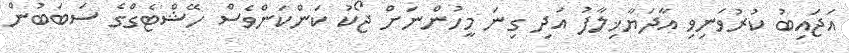
އަޖައިބު ކުރުވަނިވި އާދަޔާޚިލާފު އަދި ގިނަ މީހުންނަށް ޖޯކު ކަންކަންވެސް ހޭޝްޓެގްގެ ސަބަބުން